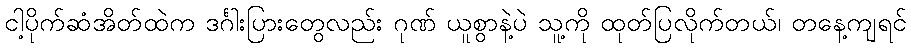
ငါ့ပိုက်ဆံအိတ်ထဲက ဒင်္ဂါးပြားတွေလည်း ဂုဏ် ယူစွာနဲ့ပဲ သူ့ကို ထုတ်ပြလိုက်တယ်၊ တနေ့ကျရင်